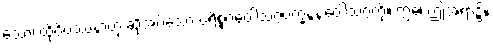
သော၊ ထိုဝိပဿနာဟု ဆိုအပ်သော ပရိစ္စဂဝေါသဂ္ဂပက္ခန္ဒနဝေါသဂ္ဂကို။ ဣဓ၊ ဤအရာ၌။